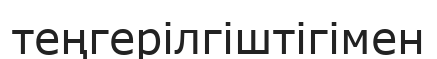
теңгерілгіштігімен